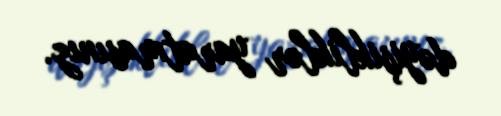
dəyişikliklər yaratmasınız.